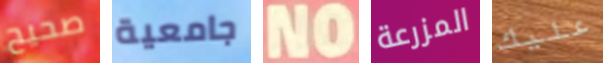
صحيح جامعية NO المزرعة عليك